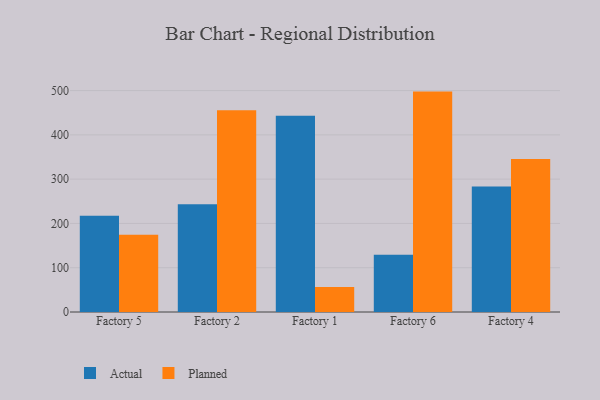
{"axis": {"x": "Factory", "y": "Customer Acquisition Cost (USD)"}, "legend": ["Actual", "Planned"], "data": [{"x": "Factory 5", "y": 217.2, "type": "Actual"}, {"x": "Factory 5", "y": 174.6, "type": "Planned"}, {"x": "Factory 2", "y": 243.5, "type": "Actual"}, {"x": "Factory 2", "y": 455.8, "type": "Planned"}, {"x": "Factory 1", "y": 443.2, "type": "Actual"}, {"x": "Factory 1", "y": 56.7, "type": "Planned"}, {"x": "Factory 6", "y": 129.0, "type": "Actual"}, {"x": "Factory 6", "y": 497.7, "type": "Planned"}, {"x": "Factory 4", "y": 283.3, "type": "Actual"}, {"x": "Factory 4", "y": 345.5, "type": "Planned"}]}